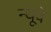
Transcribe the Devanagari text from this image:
न्यूवे